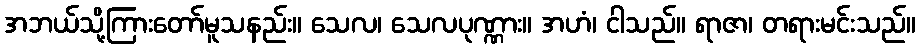
အဘယ်သို့ကြားတော်မူသနည်း။ သေလ၊ သေလပုဏ္ဏား။ အဟံ၊ ငါသည်။ ရာဇာ၊ တရားမင်းသည်။